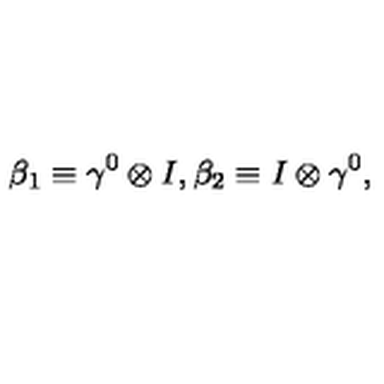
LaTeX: { \beta } _ { 1 } \equiv { \gamma } ^ { 0 } \otimes I , { \beta } _ { 2 } \equiv I \otimes { \gamma } ^ { 0 } ,